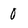
Character: 0